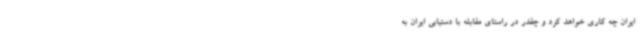
ایران چه کاری خواهد کرد و چقدر در راستای مقابله با دستیابی ایران به